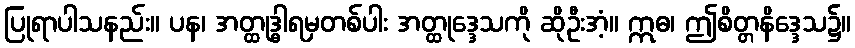
ပြုရာပါသနည်း။ ပန၊ အတ္ထုဒ္ဓါရမှတစ်ပါး အတ္ထုဒ္ဒေသကို ဆိုဦးအံ့။ ဣဓ၊ ဤစိတ္တနိဒ္ဒေသ၌။